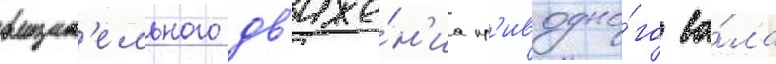
вращат'ельного дв'иже́н'иа пр'иводно́го ва́ла